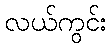
လယ်ကွင်း